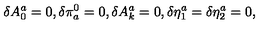
\delta A _ { 0 } ^ { a } = 0 , \delta \pi _ { a } ^ { 0 } = 0 , \delta A _ { k } ^ { a } = 0 , \delta \eta _ { 1 } ^ { a } = \delta \eta _ { 2 } ^ { a } = 0 ,